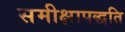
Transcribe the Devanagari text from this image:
समीक्षापद्धति